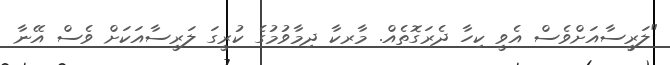
"ލަރީސާއަށްވެސް އެވީ ކިހާ ދެރަގޮތެއް. މާރކާ ދިމާވުމުގެ ކުރީގަ ލަރީސާއަކަށް ވެސް އޭނާ